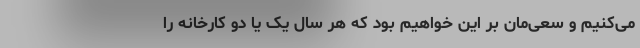
می‌کنیم و سعی‌مان بر این خواهیم بود که هر سال یک یا دو کارخانه را